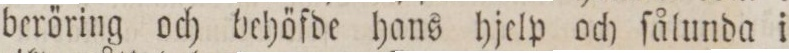
beröring och behöfde hans hjelp och ſålunda i